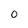
Character: 0